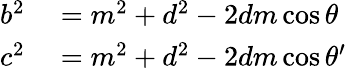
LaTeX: \begin{array}{rl}{b^{2}}&{{}=m^{2}+d^{2}-2dm\cos\theta}\\ {c^{2}}&{{}=m^{2}+d^{2}-2dm\cos\theta^{\prime}}\end{array}